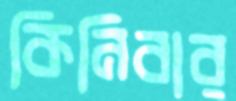
কিনিবার